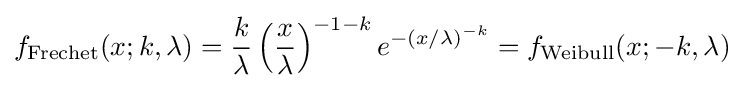
f_{\rm {Frechet}}(x;k,\lambda )={\frac {k}{\lambda }}\left({\frac {x}{\lambda }}\right)^{-1-k}e^{-(x/\lambda )^{-k}}=f_{\rm {Weibull}}(x;-k,\lambda )